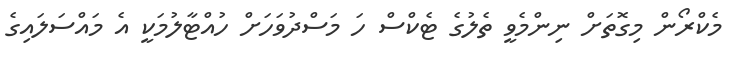
މެކްރޯން މިގޮތަށް ނިންމެވީ ތެލުގެ ޓެކްސް ހަ މަސްދުވަހަށް ހުއްޓާލުމަކީ އެ މައްސަލައިގެ